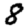
Digit: 8